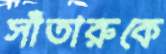
সাঁতারুকে